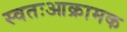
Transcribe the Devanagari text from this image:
स्वतःआक्रामक